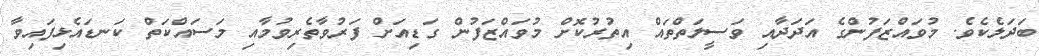
ބަދަލެކެވެ. މުވައްޒަފުންގެ އަދަދާއި ވަސީލަތްތައް އިތުރުކޮށް މުވައްޒަފުން ގަޑިއަށް ފަރުވާތެރިވުމާއި މަސައްކަތް ކަނޑައެޅިފައިވާ